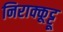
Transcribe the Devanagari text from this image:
निराक्कूट्टू